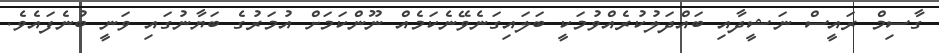
ގާސިމް ރައީސް ނަޝީދާއި ބައްދަލުކުރެއްވުމަކީ ބަލައިގަނެވޭނެކަމެއް ނޫންކަމަށް އުމަރުގެ ބަޔާނުގައި ވަނީ ބުނެފައެވެ.